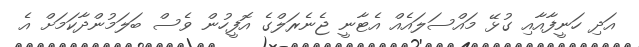
އަދި ހަނީފާއާއި ގުޅޭ މައްސަލައެއް އެޓާނީ ޖެނެރަލްގެ އޮފީހުން ވެސް ބަލަމުންދާކަމަށް އެ